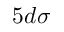
5 d \sigma